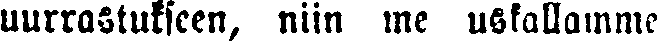
uurrastukseen, niin me uskallamme